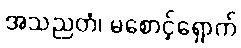
အသညတံ၊ မစောင့်ရှောက်